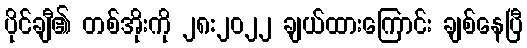
ပိုင်ချီ၏ တစ်အိုးကို ၂၈:၂၀၂၂ ချယ်ထားကြောင်း ချစ်နေပြီ